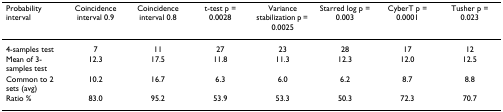
<table><thead><tr><td><b>Probability interval</b></td><td><b>Coincidence interval 0.9</b></td><td><b>Coincidence interval 0.8</b></td><td><b>t-test p = 0.0028</b></td><td><b>Variance stabilization p = 0.0025</b></td><td><b>Starred log p = 0.003</b></td><td><b>CyberT p = 0.0001</b></td><td><b>Tusher p = 0.023</b></td></tr></thead><tbody><tr><td>4-samples test</td><td>7</td><td>11</td><td>27</td><td>23</td><td>28</td><td>17</td><td>12</td></tr><tr><td>Mean of 3-samples test</td><td>12.3</td><td>17.5</td><td>11.8</td><td>11.3</td><td>12.3</td><td>12.0</td><td>12.5</td></tr><tr><td>Common to 2 sets (avg)</td><td>10.2</td><td>16.7</td><td>6.3</td><td>6.0</td><td>6.2</td><td>8.7</td><td>8.8</td></tr><tr><td>Ratio %</td><td>83.0</td><td>95.2</td><td>53.9</td><td>53.3</td><td>50.3</td><td>72.3</td><td>70.7</td></tr></tbody></table>